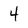
Character: 4